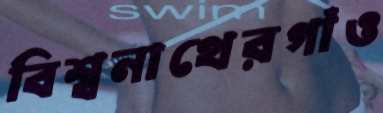
বিশ্বনাথেরগাঁও